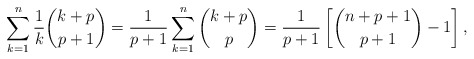
\begin{align*}\sum_{k=1}^{n}\frac{1}{k}\binom{k+p}{p+1} = \frac{1}{p+1} \sum_{k=1}^{n} \binom{k+p}{p}= \frac{1}{p+1} \left[ \binom{n+p+1}{p+1} - 1 \right],\end{align*}